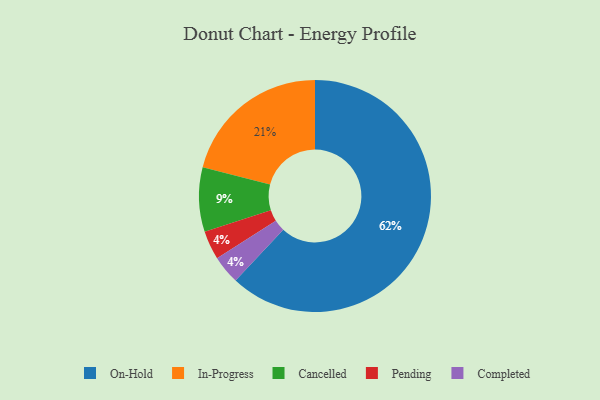
{"axis": {"x": "Category", "y": "Percentage"}, "legend": ["Cancelled", "Completed", "In-Progress", "On-Hold", "Pending"], "data": [{"x": "On-Hold", "y": 62, "type": "On-Hold"}, {"x": "Pending", "y": 4, "type": "Pending"}, {"x": "Completed", "y": 4, "type": "Completed"}, {"x": "In-Progress", "y": 21, "type": "In-Progress"}, {"x": "Cancelled", "y": 9, "type": "Cancelled"}]}